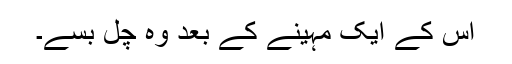
اس کے ایک مہینے کے بعد وہ چل بسے۔